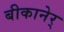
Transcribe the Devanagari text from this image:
बीकानेर्